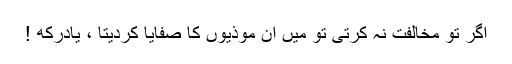
اگر تو مخالفت نہ کرتی تو میں ان موذیوں کا صفایا کردیتا ، یادرکھ !